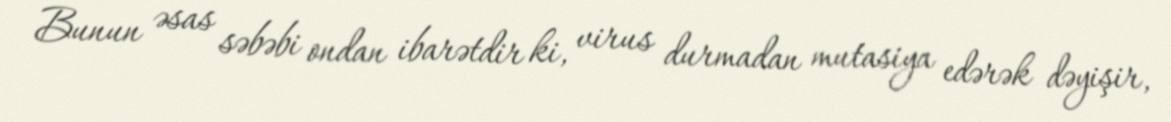
Bunun əsas səbəbi ondan ibarətdir ki, virus durmadan mutasiya edərək dəyişir,